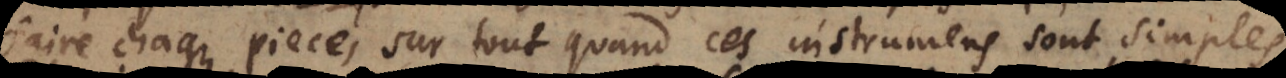
faire chaque piece, sur tout quand ces instrumens sont simples